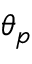
\theta _ { p }